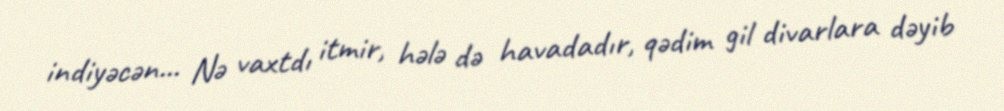
indiyəcən... Nə vaxtdı itmir, hələ də havadadır, qədim gil divarlara dəyib